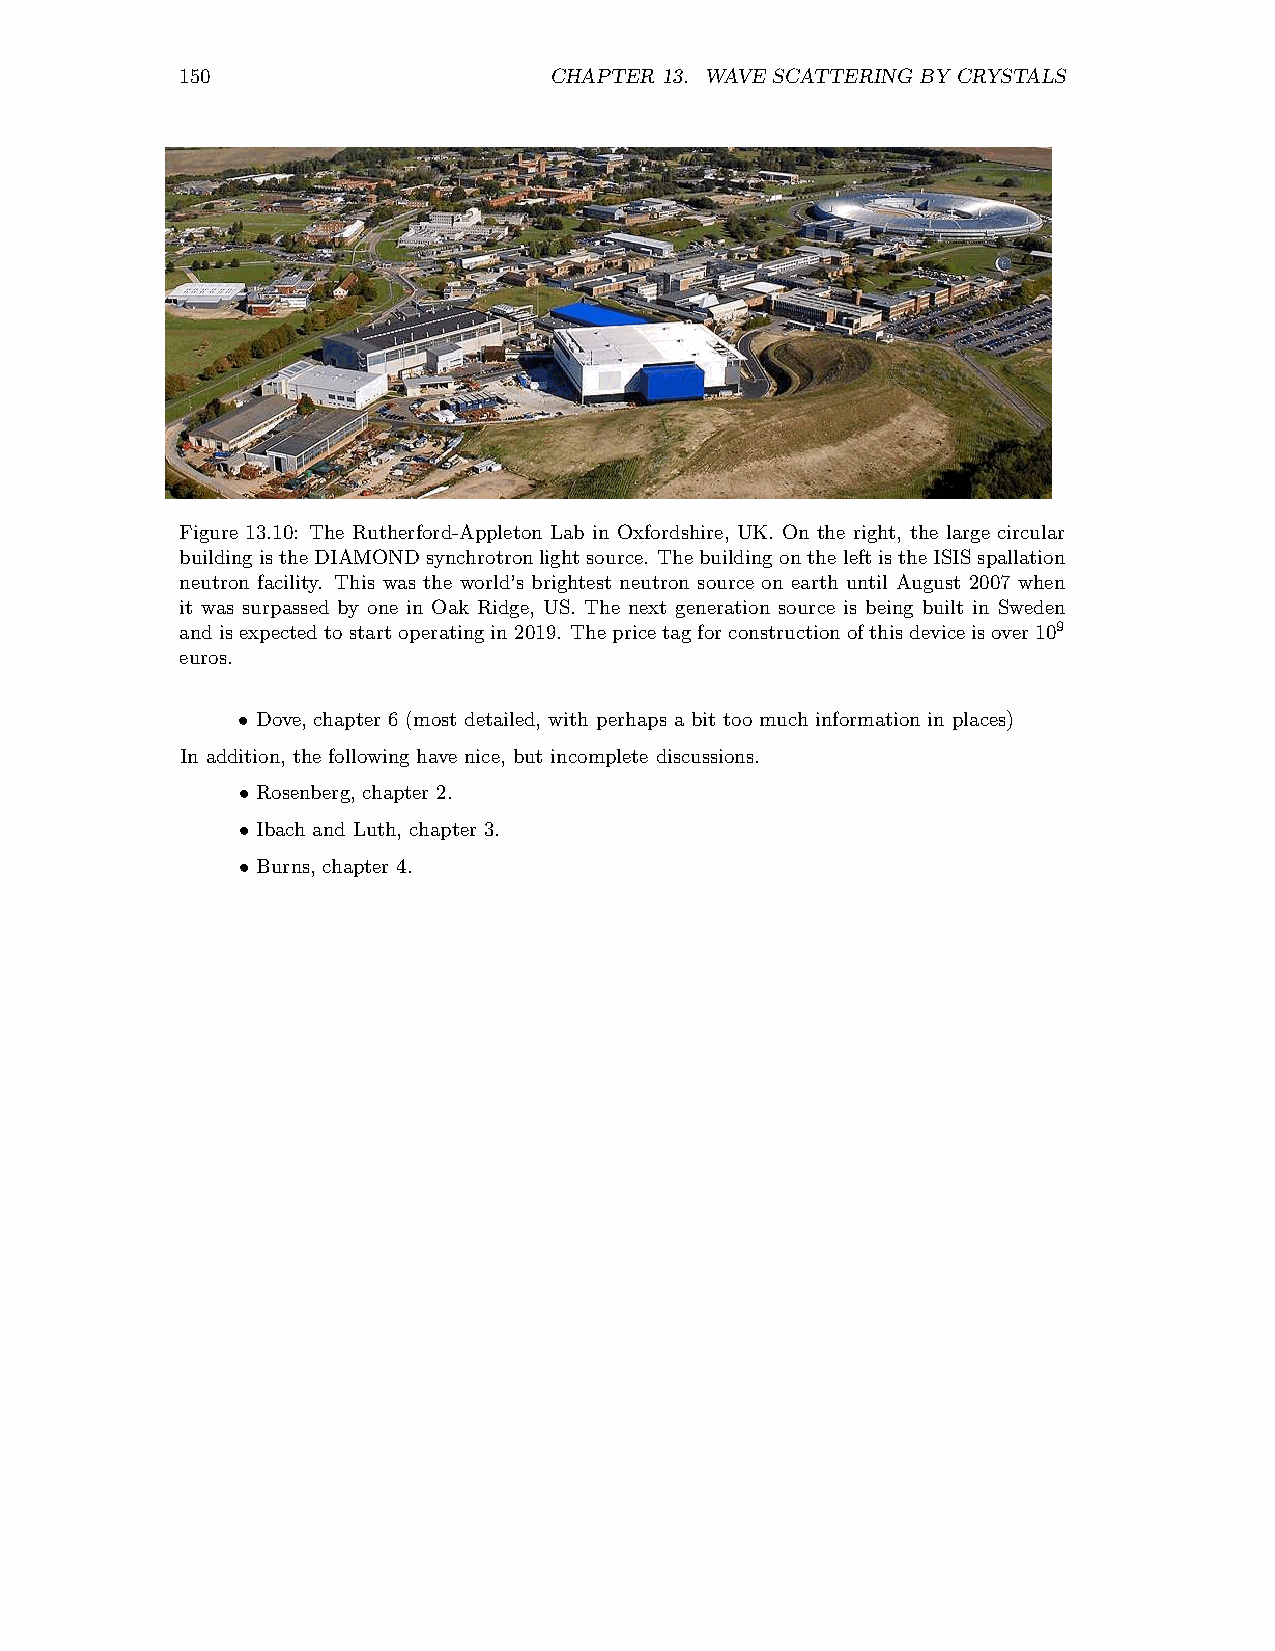
150                     CHAPTER 13. WAVE SCATTERING BY CRYSTALS
 Figure 13.10: The Rutherford-Appleton Lab in Oxfordshire, UK. On the right, the large circular
 building isthe DIAMONDsynchrotronlightsource. Thebuilding onthe leftisthe ISISspallation
 neutron facility. This was the world’s brightest neutron source on earth until August 2007 when
 it was surpassed by one in Oak Ridge, US. The next generation source is being built in Sweden
 andisexpectedto startoperatingin2019. The pricetagforconstructionofthis device isover109
 euros.
 Dove, chapter 6 (most detailed, with perhaps a bit too much information in places)
 •
 In addition, the following have nice, but incomplete discussions.
 Rosenberg, chapter 2.
 •
 Ibach and Luth, chapter 3.
 •
 Burns, chapter 4.
 •